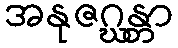
အနုဇဂ္ဃန္တာ